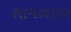
શામળસર